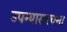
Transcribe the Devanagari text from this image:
उपन्यासरचना